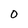
Character: O